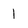
Character: 1